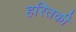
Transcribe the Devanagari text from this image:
हरितकी